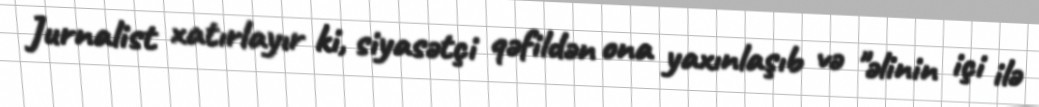
Jurnalist xatırlayır ki, siyasətçi qəfildən ona yaxınlaşıb və "əlinin içi ilə